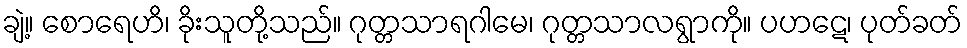
ချဲ့။ စောရေဟိ၊ ခိုးသူတို့သည်။ ဂုတ္တသာရဂါမေ၊ ဂုတ္တသာလရွာကို။ ပဟဋေ၊ ပုတ်ခတ်